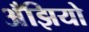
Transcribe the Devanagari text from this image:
अँझियो